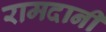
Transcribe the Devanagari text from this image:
रामदानी